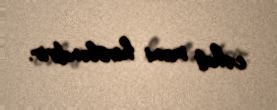
cəhdi məni hirsləndirir.